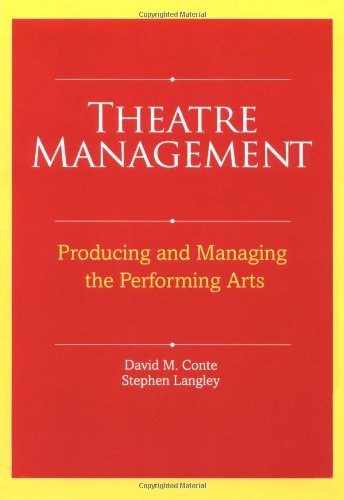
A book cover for Theatre Management; David M. Conte; Business & Money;